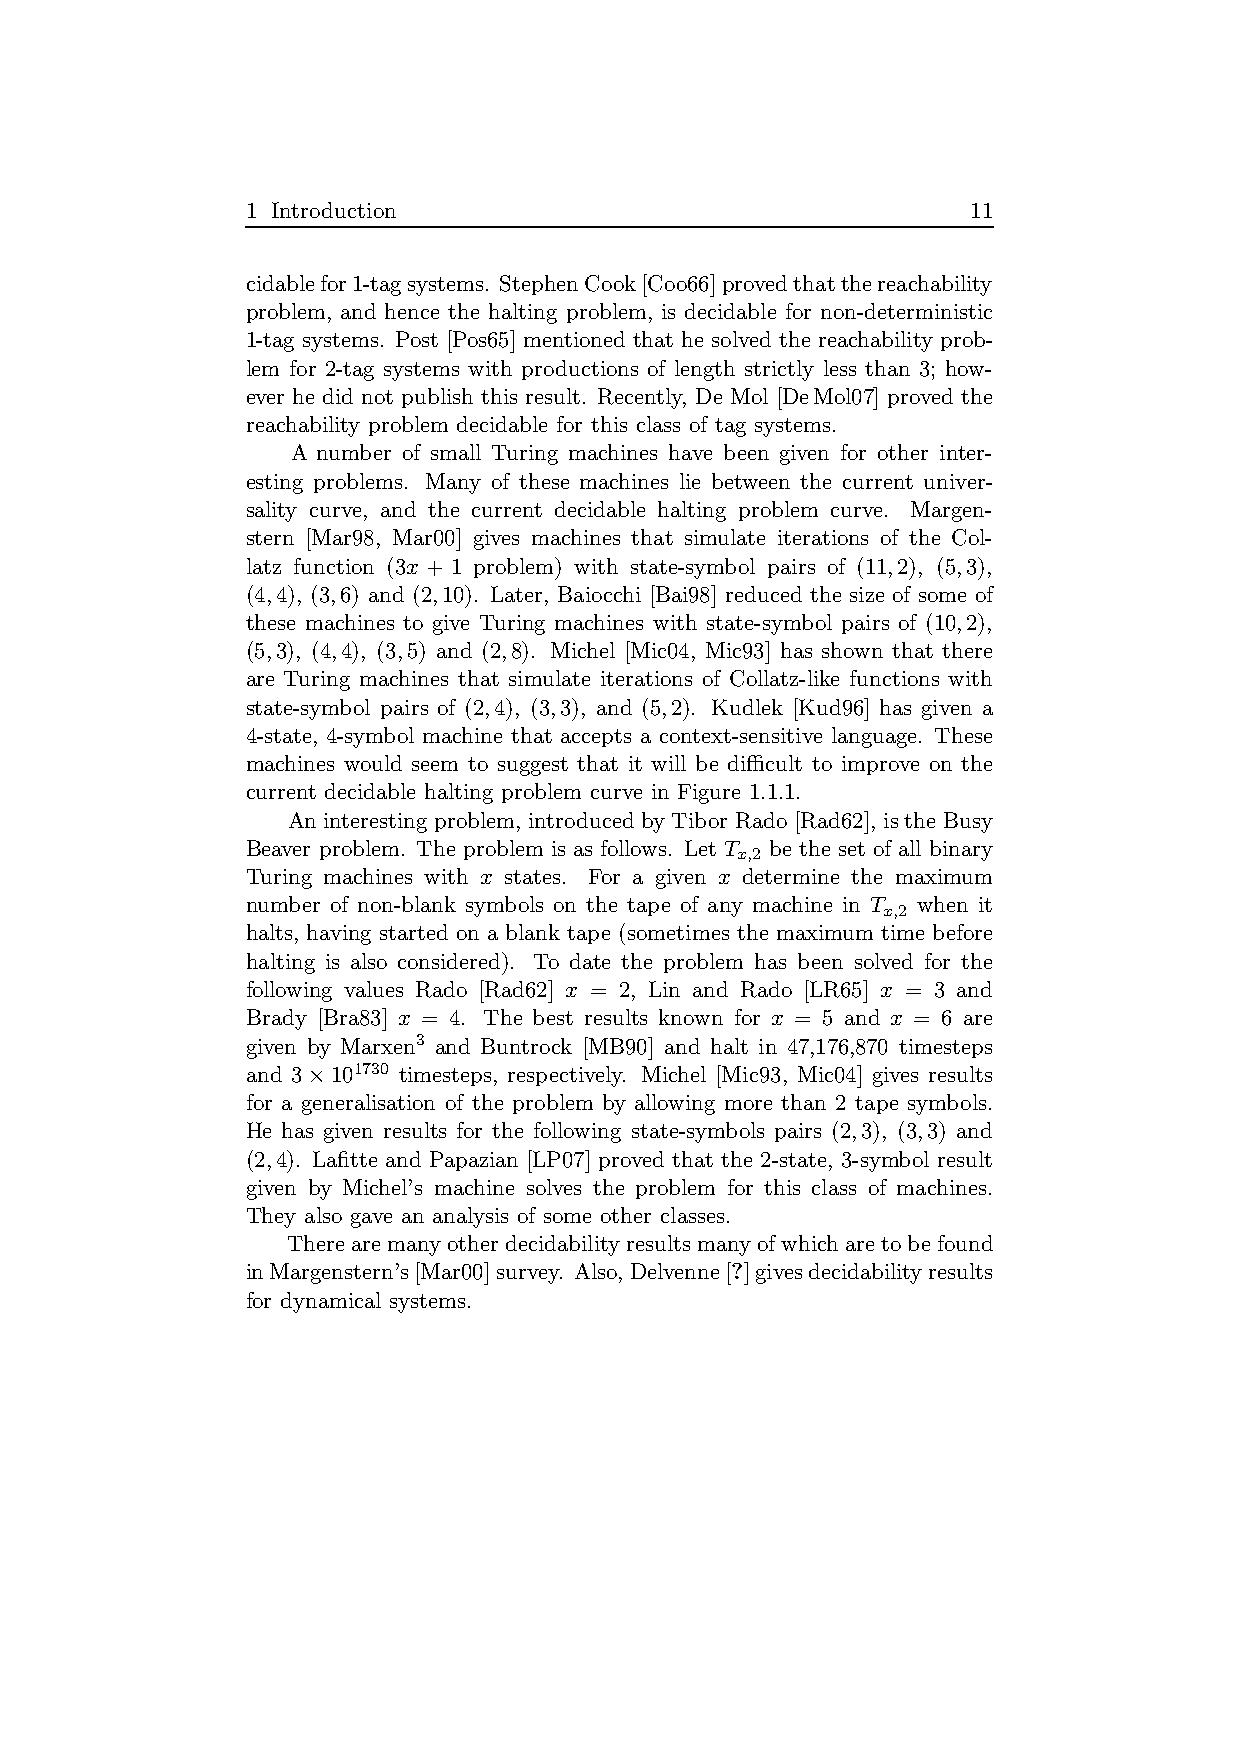
1 Introduction                                  11
 cidablefor1-tagsystems. StephenCook[Coo66]provedthatthereachability
 problem, and hence the halting problem, is decidable for non-deterministic
 1-tag systems. Post [Pos65] mentioned that he solved the reachability prob-
 lem for 2-tag systems with productions of length strictly less than 3; how-
 ever he did not publish this result. Recently, De Mol [DeMol07] proved the
 reachability problem decidable for this class of tag systems.
 A number of small Turing machines have been given for other inter-
 esting problems. Many of these machines lie between the current univer-
 sality curve, and the current decidable halting problem curve. Margen-
 stern [Mar98, Mar00] gives machines that simulate iterations of the Col-
 latz function (3x + 1 problem) with state-symbol pairs of (11,2), (5,3),
 (4,4), (3,6) and (2,10). Later, Baiocchi [Bai98] reduced the size of some of
 these machines to give Turing machines with state-symbol pairs of (10,2),
 (5,3), (4,4), (3,5) and (2,8). Michel [Mic04, Mic93] has shown that there
 are Turing machines that simulate iterations of Collatz-like functions with
 state-symbol pairs of (2,4), (3,3), and (5,2). Kudlek [Kud96] has given a
 4-state, 4-symbol machine that accepts a context-sensitive language. These
 machines would seem to suggest that it will be difficult to improve on the
 current decidable halting problem curve in Figure 1.1.1.
 An interesting problem, introduced by Tibor Rado [Rad62], is the Busy
 Beaver problem. The problem is as follows. Let T be the set of all binary
 x,2
 Turing machines with x states. For a given x determine the maximum
 number of non-blank symbols on the tape of any machine in T when it
 x,2
 halts, having started on a blank tape (sometimes the maximum time before
 halting is also considered). To date the problem has been solved for the
 following values Rado [Rad62] x = 2, Lin and Rado [LR65] x = 3 and
 Brady [Bra83] x = 4. The best results known for x = 5 and x = 6 are
 given by Marxen3 and Buntrock [MB90] and halt in 47,176,870 timesteps
 and 3×101730 timesteps, respectively. Michel [Mic93, Mic04] gives results
 for a generalisation of the problem by allowing more than 2 tape symbols.
 He has given results for the following state-symbols pairs (2,3), (3,3) and
 (2,4). Lafitte and Papazian [LP07] proved that the 2-state, 3-symbol result
 given by Michel’s machine solves the problem for this class of machines.
 They also gave an analysis of some other classes.
 Therearemanyotherdecidability resultsmanyofwhicharetobefound
 inMargenstern’s[Mar00]survey. Also,Delvenne[?]givesdecidabilityresults
 for dynamical systems.